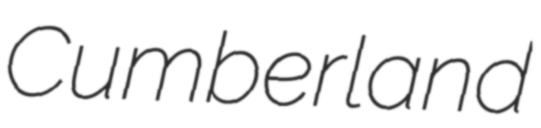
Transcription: Cumberland